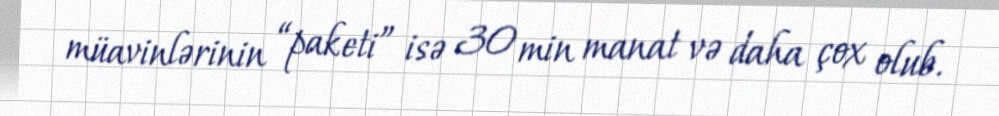
müavinlərinin “paketi” isə 30 min manat və daha çox olub.